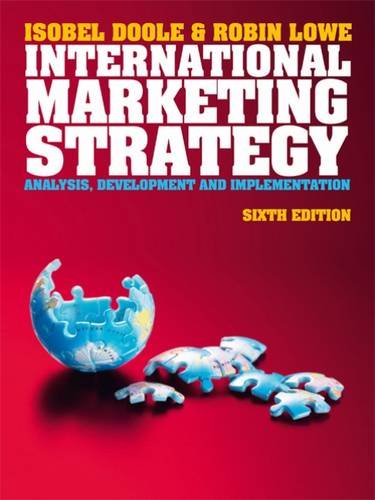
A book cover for International Marketing Strategy (with CourseMate & eBook Access Card); Isobel Doole; Business & Money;